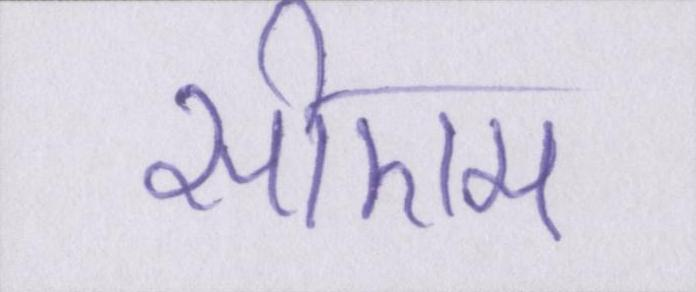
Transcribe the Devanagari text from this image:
सीएम